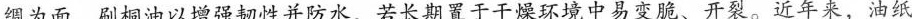
绸为面，刷桐油以增强韧性并防水，若长期置于干燥环境中易变脆、开裂。近年来，油纸